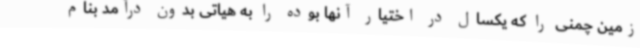
زمین چمنی را که یکسال در اختیار آنها بوده را به هیاتی بدون درآمد بنام